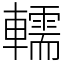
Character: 轜